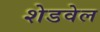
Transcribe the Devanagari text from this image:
शेडवेल